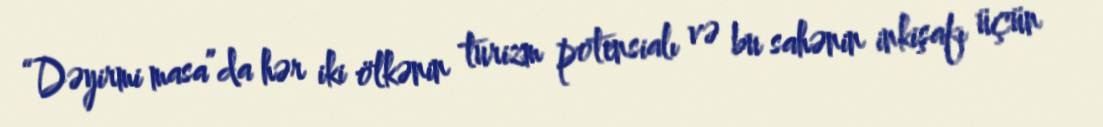
“Dəyirmi masa”da hər iki ölkənin turizm potensialı və bu sahənin inkişafı üçün